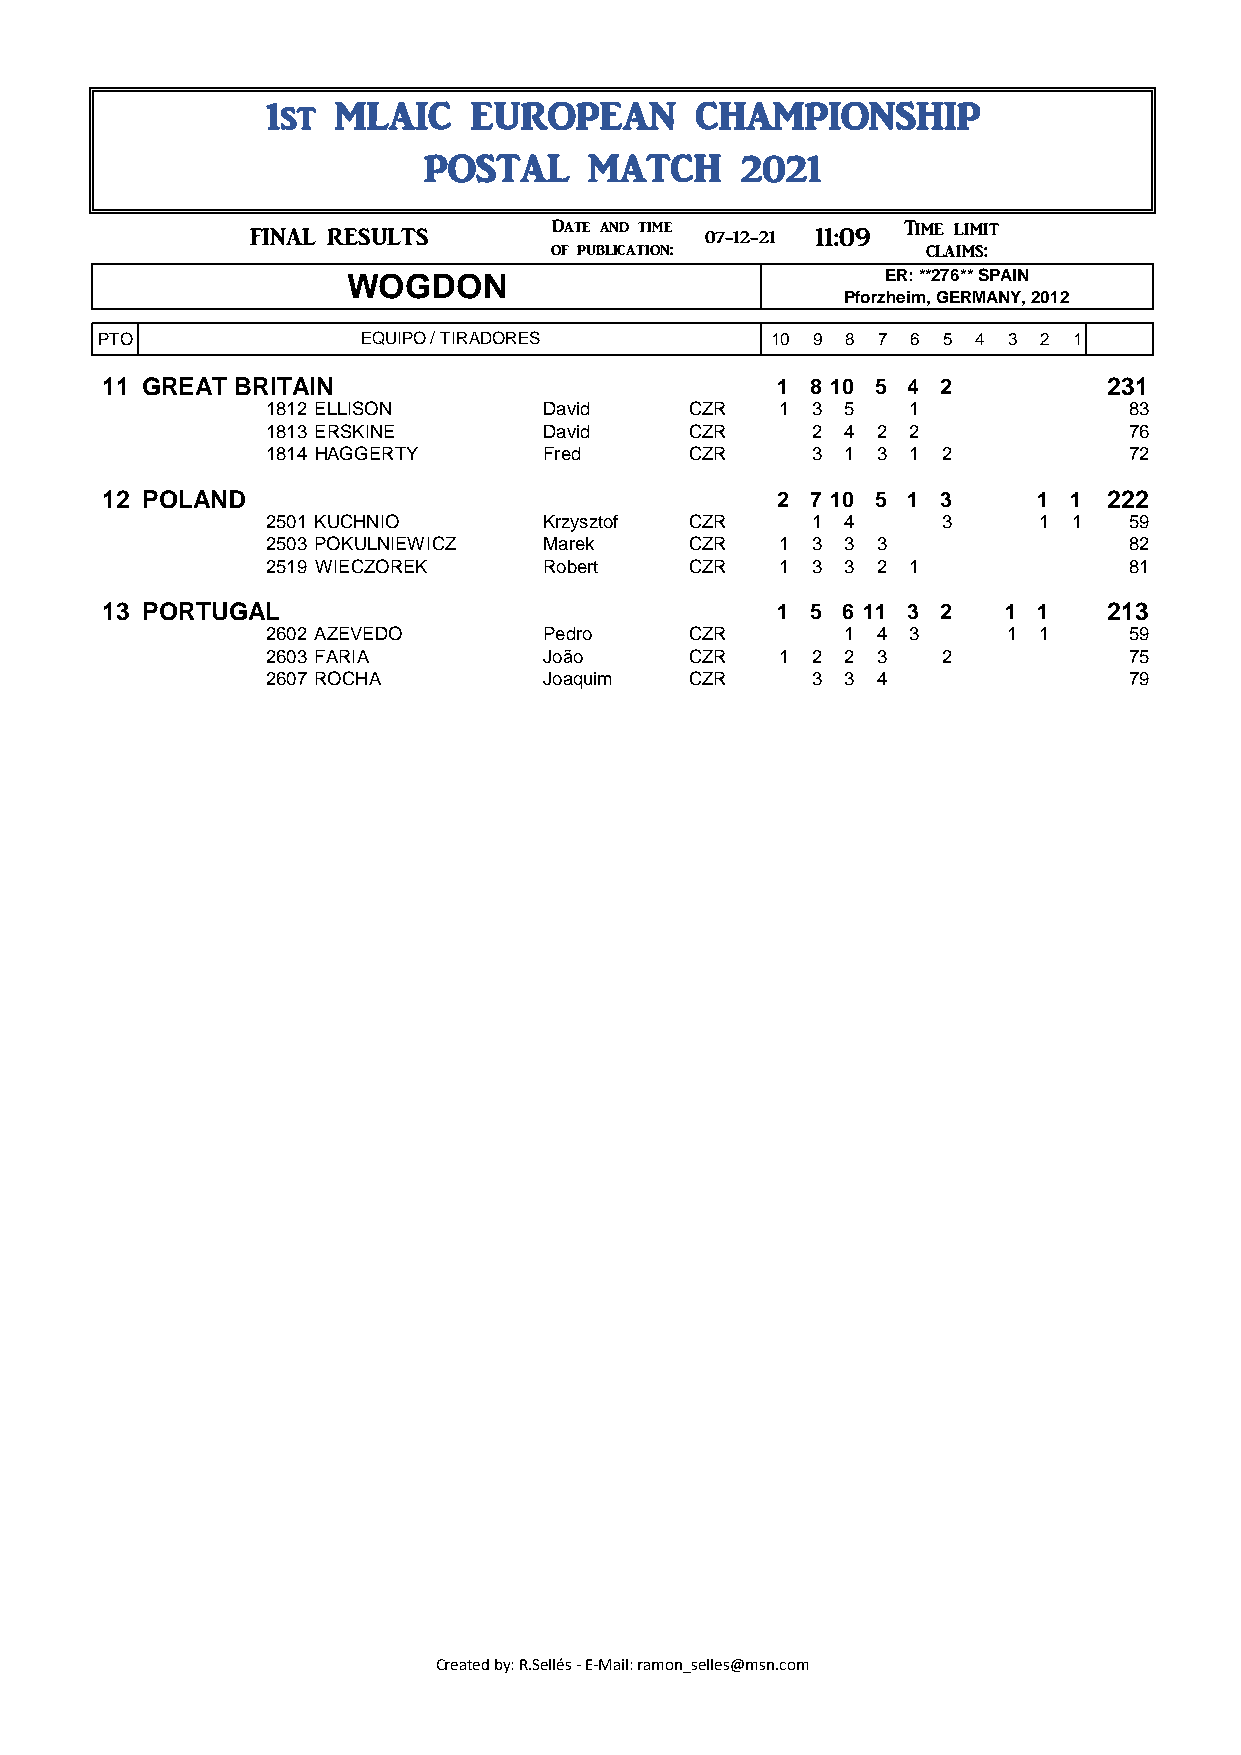
1st  MLAIC    EUROPEAN       CHAMPIONSHIP
 POSTAL     MATCH     2021
 Date and time          Time limit 12:09
 ###       FINAL RESULTS                 07-12-21 11:09
 of publication:          claims: 07-12-21
 WOGDON                             ER: **276** SPAIN
 Pforzheim, GERMANY, 2012
 PTO               EQUIPO / TIRADORES         10 9 8 7 6 5 4 3  2 1
 11 GREAT BRITAIN                             1 8 10 5 4 2          231
 1812 ELLISON       David    CZR   1 3  5   1             83
 1813 ERSKINE       David    CZR     2  4 2 2             76
 1814 HAGGERTY      Fred     CZR     3  1 3 1 2           72
 12 POLAND                                    2 7 10 5 1 3     1 1  222
 2501 KUCHNIO       Krzysztof CZR    1  4     3     1  1  59
 2503 POKULNIEWICZ  Marek    CZR   1 3  3 3               82
 2519 WIECZOREK     Robert   CZR   1 3  3 2 1             81
 13 PORTUGAL                                  1 5 6 11 3 2   1 1    213
 2602 AZEVEDO       Pedro    CZR        1 4 3     1 1     59
 2603 FARIA         João     CZR   1 2  2 3   2           75
 2607 ROCHA         Joaquim  CZR     3  3 4               79
 Created by: R.Sellés - E-Mail: ramon_selles@msn.com